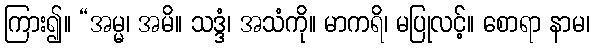
ကြား၍။ “အမ္မ၊ အမိ။ သဒ္ဒံ၊ အသံကို။ မာကရိ၊ မပြုလင့်။ စောရာ နာမ၊